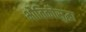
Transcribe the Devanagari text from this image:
भौतिकीसुद्धा